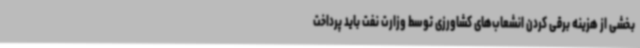
بخشی از هزینه برقی کردن انشعاب‌های کشاورزی توسط وزارت نفت باید پرداخت